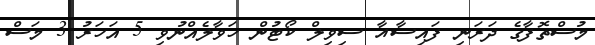
މުސްތޮފާގެ ދަރަނި ފައިސާއާ ސިވިލް ކޯޓުން ހަވާލެއްނުވި 5 އަހަރު 3 މަސް